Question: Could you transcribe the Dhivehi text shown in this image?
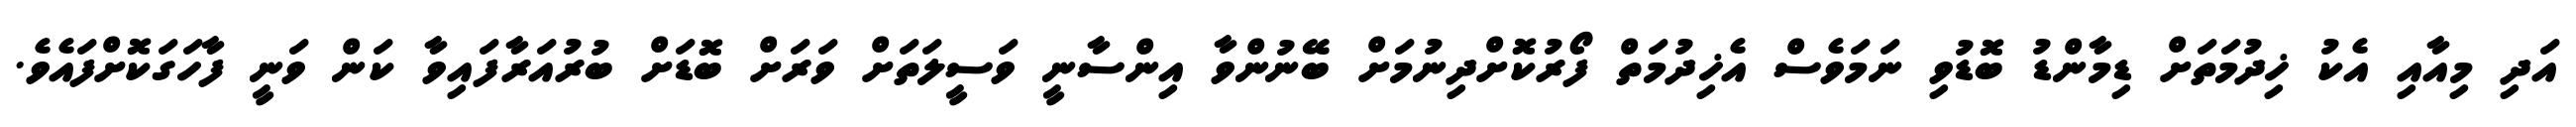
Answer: އަދި މިއާއި އެކު ޚިދުމަތަށް ޑިމާންޑު ބޮޑުވި ނަމަވެސް އެޚިދުމަތް ފޯރުކޮށްދިނުމަށް ބޭނުންވާ އިންސާނީ ވަސީލަތަށް ވަރަށް ބޮޑަށް ބުރުއަރާފައިވާ ކަން ވަނީ ފާހަގަކޮށްފައެވެ.